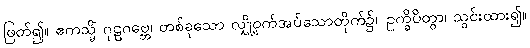
ဖြတ်၍။ ဧကသ္မိံ ဂုဠဂဗ္ဘေ၊ တစ်ခုသော လျှို့ဝှက်အပ်သောတိုက်၌။ ဥက္ခိပိတွာ၊ သွင်းထား၍။